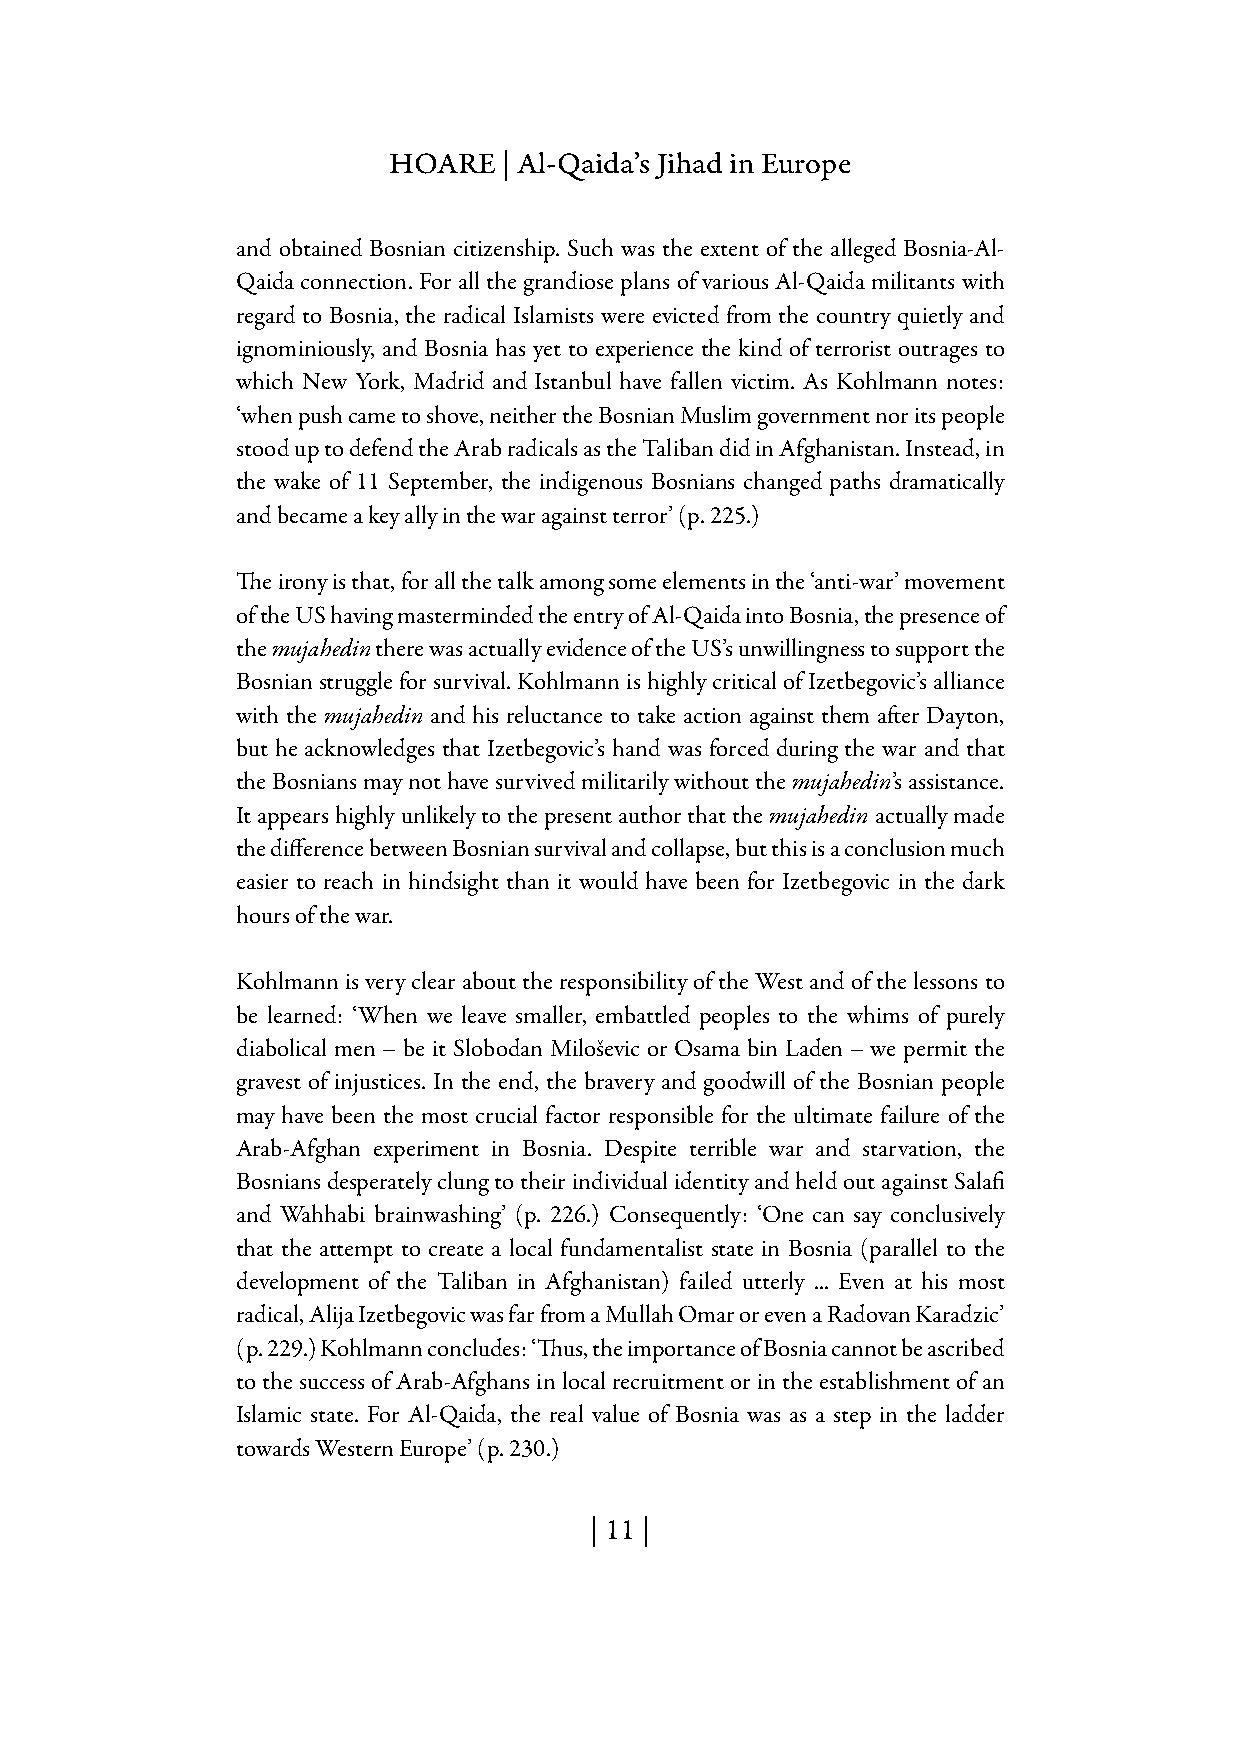
HOARE  | Al-Qaida’s Jihad in Europe
 and obtained Bosnian citizenship. Such was the extent of the alleged Bosnia-Al-
 Qaida connection. For all the grandiose plans of various Al-Qaida militants with
 regard to Bosnia, the radical Islamists were evicted from the country quietly and
 ignominiously, and Bosnia has yet to experience the kind of terrorist outrages to
 which New York, Madrid and Istanbul have fallen victim. As Kohlmann notes:
 ‘when push came to shove, neither the Bosnian Muslim government nor its people
 stood up to defend the Arab radicals as the Taliban did in Afghanistan. Instead, in
 the wake of 11 September, the indigenous Bosnians changed paths dramatically
 and became a key ally in the war against terror’ (p. 225.)
 The irony is that, for all the talk among some elements in the ‘anti-war’ movement
 of the US having masterminded the entry of Al-Qaida into Bosnia, the presence of
 the mujahedin there was actually evidence of the US’s unwillingness to support the
 Bosnian struggle for survival. Kohlmann is highly critical of Izetbegovic’s alliance
 with the mujahedin and his reluctance to take action against them after Dayton,
 but he acknowledges that Izetbegovic’s hand was forced during the war and that
 the Bosnians may not have survived militarily without the mujahedin’s assistance.
 It appears highly unlikely to the present author that the mujahedin actually made
 the difference between Bosnian survival and collapse, but this is a conclusion much
 easier to reach in hindsight than it would have been for Izetbegovic in the dark
 hours of the war.
 Kohlmann is very clear about the responsibility of the West and of the lessons to
 be learned: ‘When we leave smaller, embattled peoples to the whims of purely
 diabolical men – be it Slobodan Miloševic or Osama bin Laden – we permit the
 gravest of injustices. In the end, the bravery and goodwill of the Bosnian people
 may have been the most crucial factor responsible for the ultimate failure of the
 Arab-Afghan experiment in Bosnia. Despite terrible war and starvation, the
 Bosnians desperately clung to their individual identity and held out against Salafi
 and Wahhabi brainwashing’ (p. 226.) Consequently: ‘One can say conclusively
 that the attempt to create a local fundamentalist state in Bosnia (parallel to the
 development of the Taliban in Afghanistan) failed utterly ... Even at his most
 radical, Alija Izetbegovic was far from a Mullah Omar or even a Radovan Karadzic’
 (p. 229.) Kohlmann concludes: ‘Thus, the importance of Bosnia cannot be ascribed
 to the success of Arab-Afghans in local recruitment or in the establishment of an
 Islamic state. For Al-Qaida, the real value of Bosnia was as a step in the ladder
 towards Western Europe’ (p. 230.)
 | 11 |